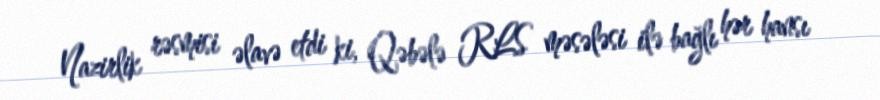
Nazirlik rəsmisi əlavə etdi ki, Qəbələ RLS məsələsi ilə bağlı hər hansı